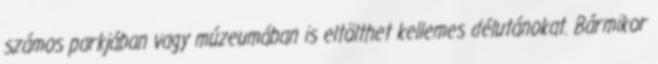
számos parkjában vagy múzeumában is eltölthet kellemes délutánokat. Bármikor